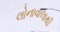
લોનાવાલાથી